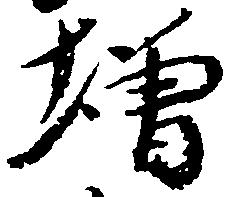
増